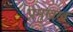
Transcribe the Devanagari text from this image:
प्रमुखख